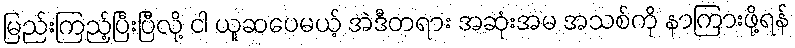
မြည်းကြည့်ပြီးပြီလို့ ငါ ယူဆပေမယ့် အဲဒီတရား အဆုံးအမ အသစ်ကို နာကြားဖို့ရန်